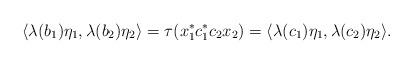
LaTeX: \begin{align*}\langle\lambda(b_1)\eta_1,\lambda(b_2)\eta_2\rangle=\tau(x_1^*c_1^*c_2x_2)=\langle\lambda(c_1)\eta_1,\lambda(c_2)\eta_2\rangle.\end{align*}